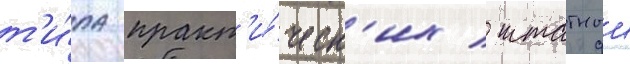
т'и́па практ'и́ческ'их / штатныи